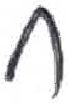
אות: ח